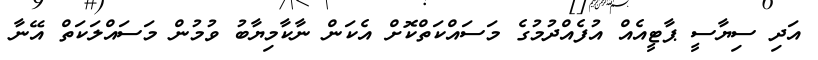
އަދި ސިޔާސީ ޕާޓީއެއް އުފެއްދުމުގެ މަސައްކަތްކޮށް އެކަން ނާކާމިޔާބު ވުމުން މަސައްލަކަތް އޭނާ